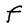
Character: F